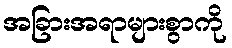
အခြားအရာများစွာကို